Leaving Certificate Examination, 1920
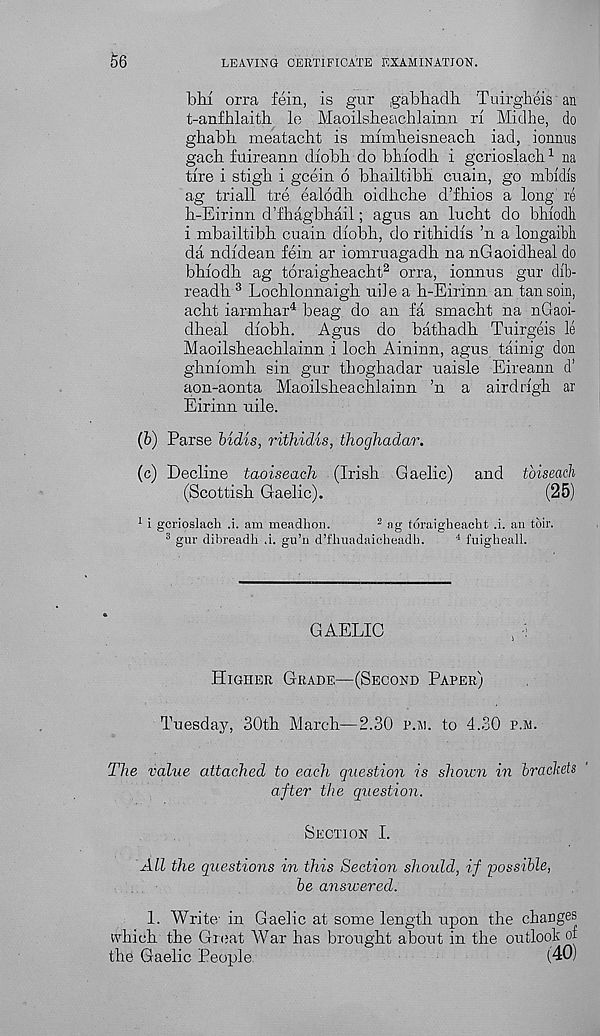
56
LEAVING CERTIFICATE EXAMINATION.
blu orra fein, is gur gabbadh Tuirgheis an
t-anfhlaitb le Maoilsbeachlainn ri Midhe, do
ghabh meatacht is mimbeisneach iad, ionnns
gacb fuireann diobb do bhiodh i gcrioslacli 1 na
tire i stigli i gcein 6 bbailtibH cuain, go mbidis
ag triall tre ealodh oidbche d’fbios a long re
b-Eirinn d’fbagbhail; agus an lucbt do bbiodli
i mbailtibk cuain diobb, doritbidis ’n a longaibli
da ndidean fein ar iomruagadb na nGaoidbeal do
bbiodb ag toraigbeacht 2 orra, ionnus gur dib-
readb 3 Locblonnaigb nil e a b-Eirinn an tan soin,
acbt iarmbar 4 beag do an fa smacbt na nGaoi-
dbeal diobh. Agus do batbadb Tuirgeis le
Maoilsbeacblainn i loch Aininn, agus tainig don
gbniomh sin gur tbogbadar uaisle Eireann d’
aon-aonta Maoilsbeachlainn ’n a airdrigb ar
Eirinn nile.
(b) Parse bidis, rithidis, thoghadar.
(c) Decline taoiseach (Irish Gaelic) and tbiseach
(Scottish Gaelic).
(25)
1 i gcrioslach .i. am meadhon.
2 ag foraigheaeht .i. an toir.
3 gur dibreadh ,i. gu’n d’fhuadaicheadh.
4 fuigheall.
GAELIC
,
Higher Grade—(Second Paper)
Tuesday, 30tb March—2.30 p.m. to 4.30 p.m.
The value attached to each question is shown in brackets
after the question.
Section I.
All the questions in this Section should, if possible,
be answered.
1. Write' in Gaelic at some length upon the changes
which the Great War has brought about in the outlook of
the Gaelic People.
(40)